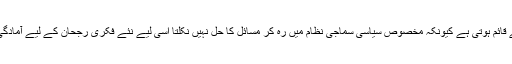
آمادگی اس لئے قائم ہوتی ہے کیونکہ مخصوص سیاسی سماجی نظام میں رہ کر مسائل کا حل نہیں نکلتا اسی لیے نئے فکری رجحان کے لیے آمادگی پیدا ہوتی ہے۔